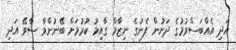
އަދި އެއްބަސްވުމުގެ ދަށުން ފެނުގެ ނިޒާމް ގާއިމު ކުރުމަށް ބޭނުންވާ ސާވޭ އަދި